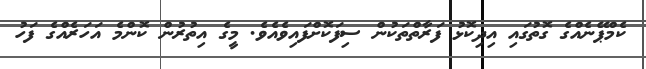
ކެމްޕޭނެއްގެ ގޮތުގައި އިދިކޮޅު ފަރާތްތަކުން ސިފަކޮށްފައިވެއެވެ. މީގެ އިތުރުން ކޮންމެ އަހަރެއްގެ ފަހު